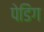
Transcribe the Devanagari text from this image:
पेडिंग